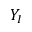
Y _ { I }